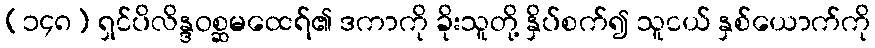
(၁၄၈) ရှင်ပိလိန္ဒဝစ္ဆမထေရ်၏ ဒကာကို ခိုးသူတို့ နှိပ်စက်၍ သူငယ် နှစ်ယောက်ကို